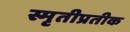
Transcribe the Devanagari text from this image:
स्मृतीप्रतीक